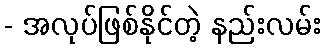
- အလုပ်ဖြစ်နိုင်တဲ့ နည်းလမ်း